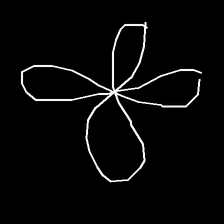
Glyph: billowing